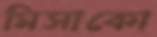
মিসাকো